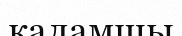
каламшы